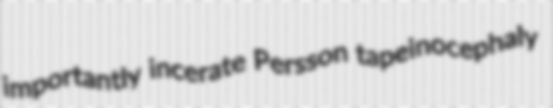
importantly incerate Persson tapeinocephaly